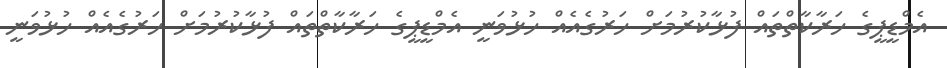
އެމްޑީޕީގެ ހަރާކާތްތައް ފުޅާކުރުމަށް ހަރުގެއެއް ހުޅުވަނީ އެމްޑީޕީގެ ހަރާކާތްތައް ފުޅާކުރުމަށް ހަރުގެއެއް ހުޅުވަނީ